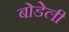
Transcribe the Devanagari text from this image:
बोडेली